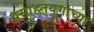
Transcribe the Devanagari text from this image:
वसाहतयुगाच्या